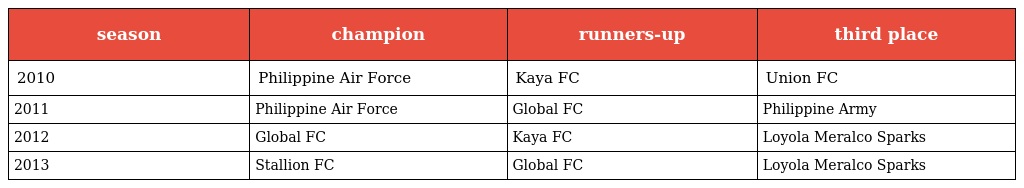
| season | champion | runners-up | third place |
 | --- | --- | --- | --- |
 | 2010 | Philippine Air Force | Kaya FC | Union FC |
 | 2011 | Philippine Air Force | Global FC | Philippine Army |
 | 2012 | Global FC | Kaya FC | Loyola Meralco Sparks |
 | 2013 | Stallion FC | Global FC | Loyola Meralco Sparks |